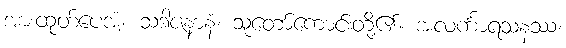
အားထုတ်ပေအံ့။ သဒါဇနာနံ၊ သူတော်ကောင်းတို့၏။ အလင်္ကာရသနဿ၊